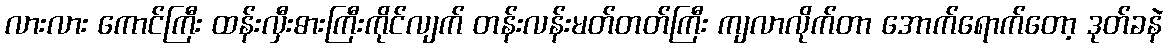
လားလား ကောင်ကြီး ထန်းလှီးဓားကြီးကိုင်လျက် တန်းလန်းမတ်တတ်ကြီး ကျလာလိုက်တာ အောက်ရောက်တော့ ဒုတ်ခနဲ